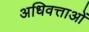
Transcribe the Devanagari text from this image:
अधिवत्ताओं